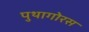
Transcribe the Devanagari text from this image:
पुथागोरस